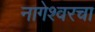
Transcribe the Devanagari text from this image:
नागेश्वरचा